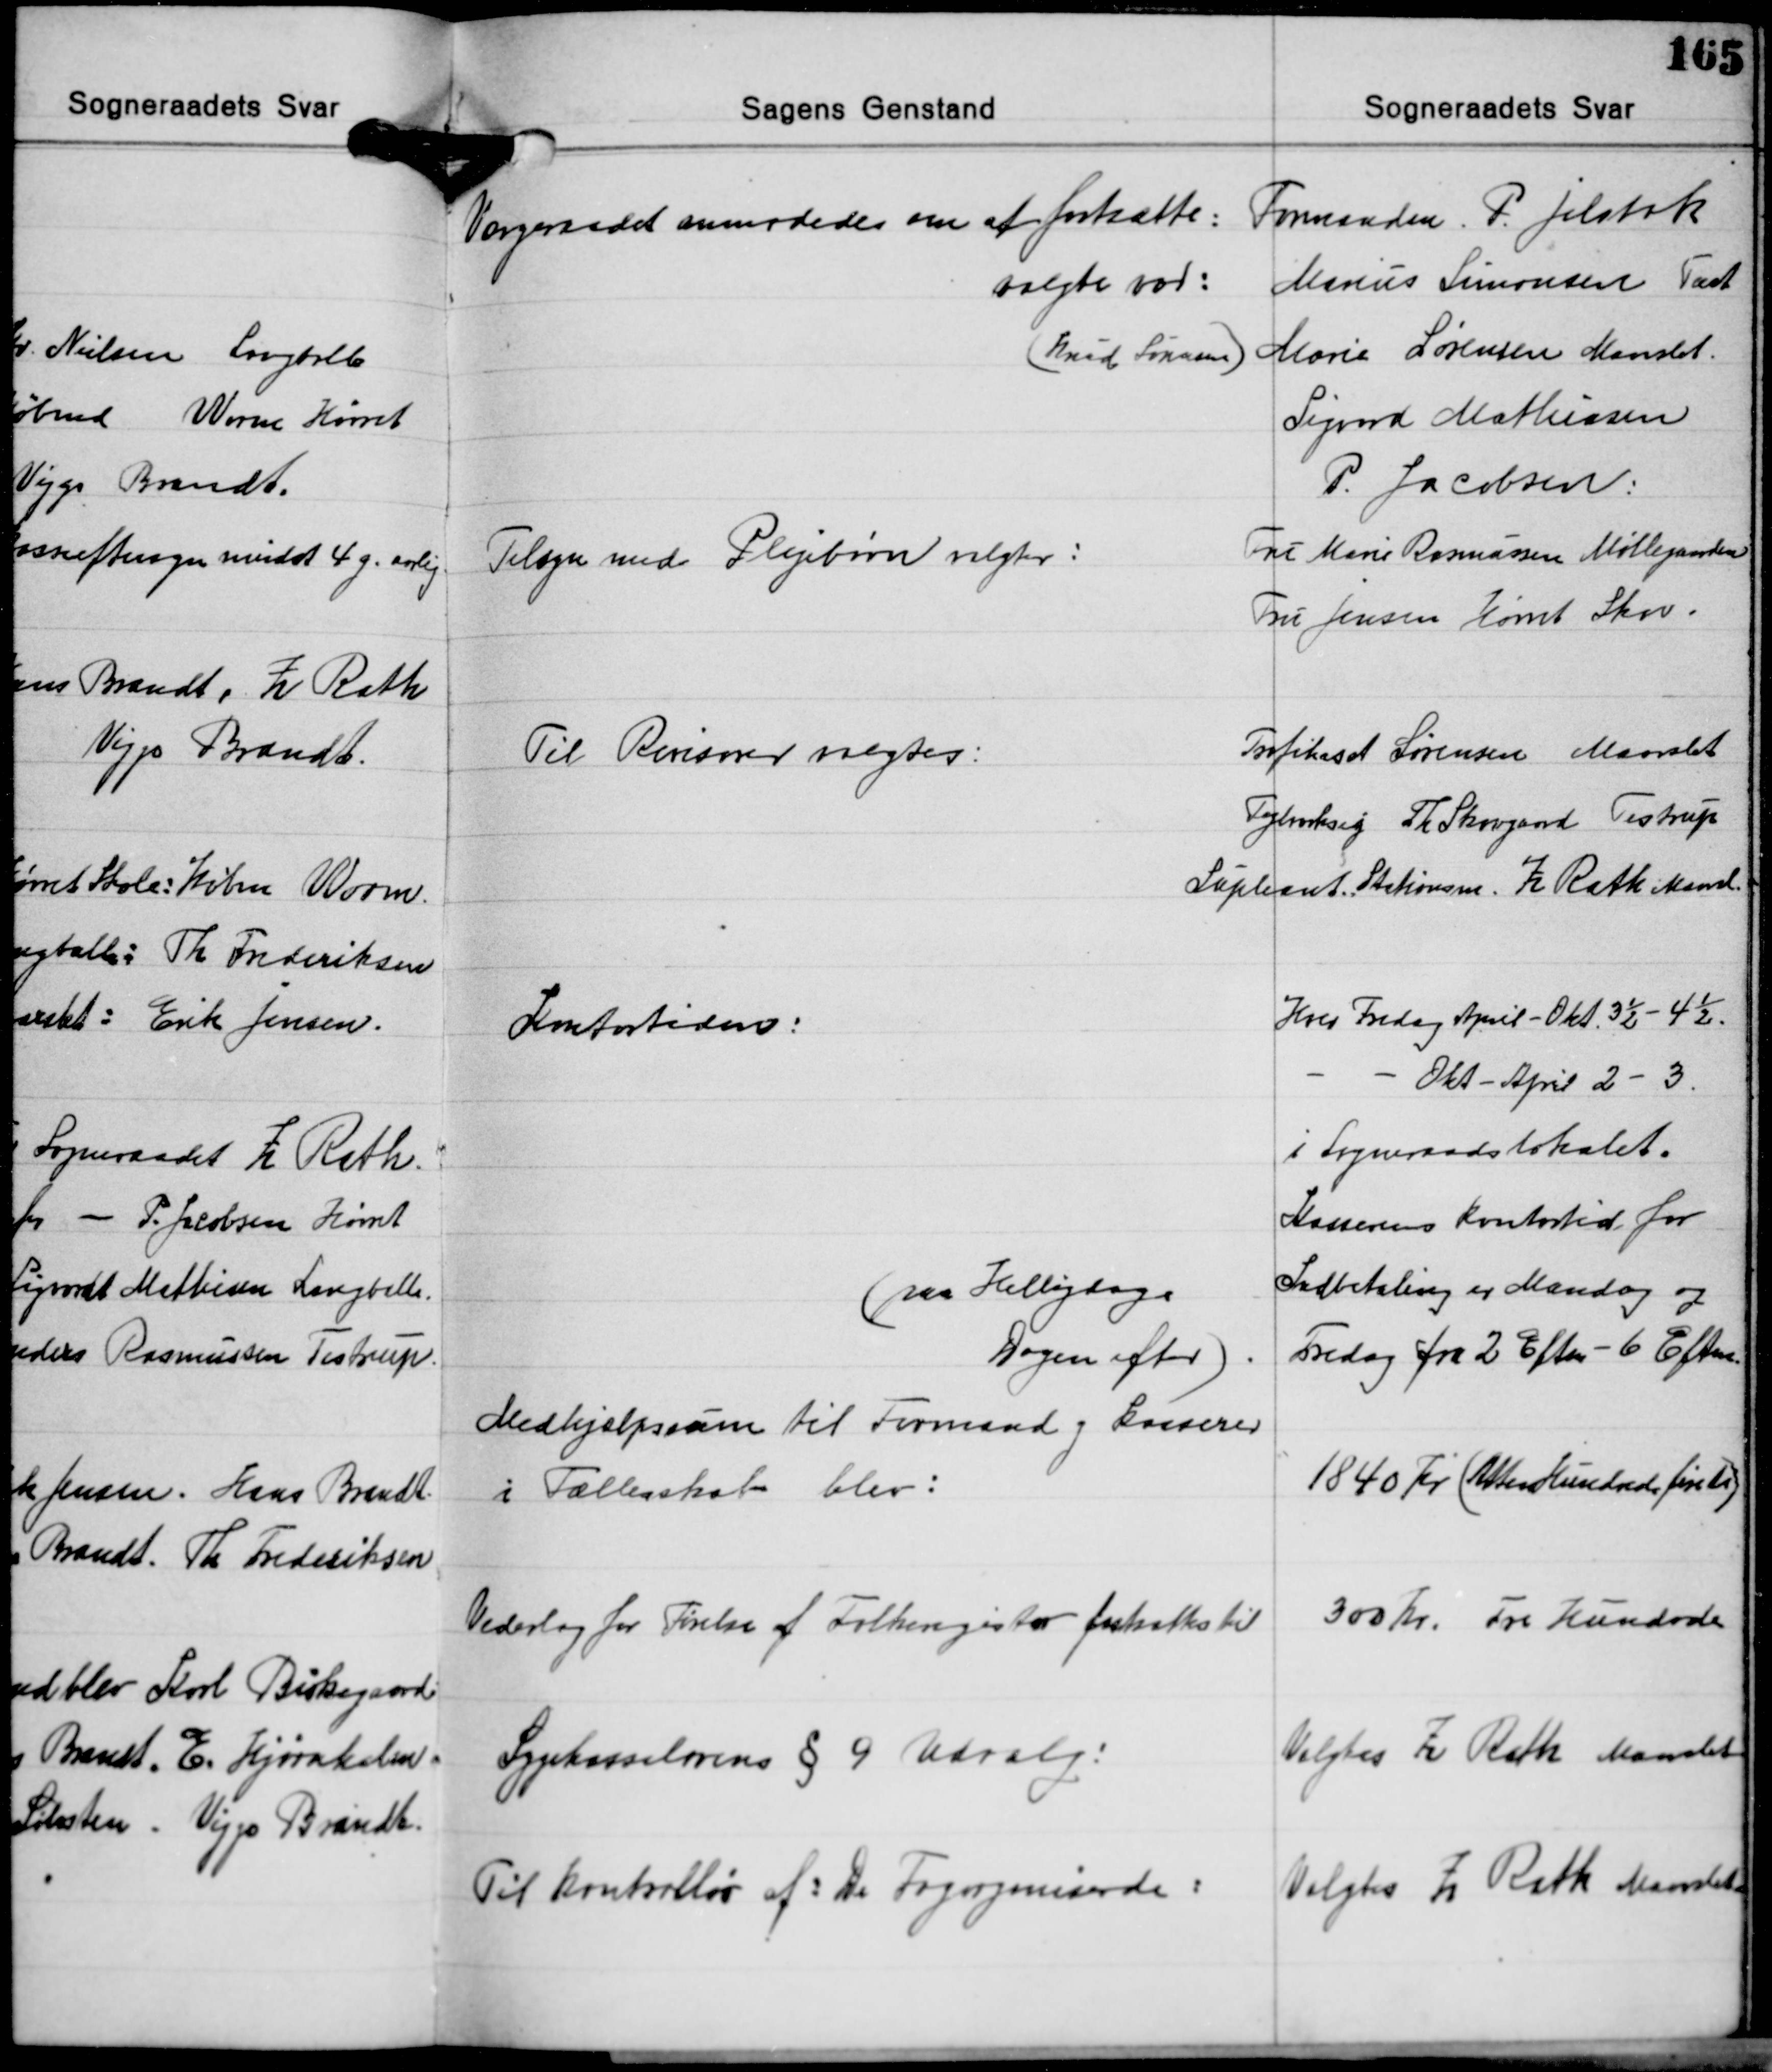
Transskription:
Værgeraadet anmodedes om at fortsætte:
valgte var:
(Knud Sørensen)

Formanden. P. Jelsbak
Marius Simonsen Tast
Marie Sørensen Maarslet.
Sigvard Mathiasen
P. Jacobsen:

Tilsyn med Plejebørn valgtes:

Fru Marie Rasmussen Møllegaarden
Fru Jensen Hørret Skov.

Til Revisorer valgtes:

Trafikasst. Sørensen Maarslet
Teglværksejer Th. Skovgaard Testrup
Supleant. Stationsm. Z. Rath Maarsl.

Kotortiden:

Hver Fredag April - Okt. 3½ - 4½.
- - Okt. - April 2 - 3.
i Sogneraadslokalet.
Kasserens Kontortid for
Indbetaling er Mandag og
Fredag fra 2 Eftm. - 6 Eftm.

(paa Helligdage
Dagen efter)

Medhjælpsum til Formand og Kasserer
i Fællesskab blev:

1840 Kr. Atten Hundred fireti)

Vederlag for Førelse af Folkeregister fastsattes til

300 Kr. Tre Hundrede

Sygekasselovens § 9 Udvalg:

Valgtes Z. Rath Maarslet

Til kontrollør af: De Fagorganiserede:

Valgtes Z. Rath Maarslet